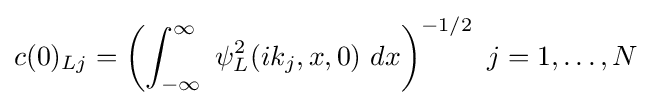
c(0)_{Lj}=\left(\int _{-\infty }^{\infty }\ \psi _{L}^{2}(ik_{j},x,0)\ dx\right)^{-1/2}\ j=1,\dots ,N